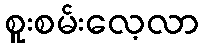
စူးစမ်းလေ့လာ